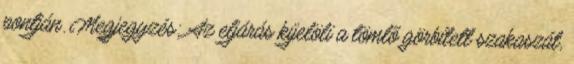
pontján. Megjegyzés: Az eljárás kijelöli a tömlõ görbített szakaszát,